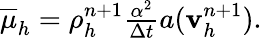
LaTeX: \begin{array}{r}{\overline{{\mu}}_{h}=\rho_{h}^{n+1}\frac{\alpha^{2}}{\Delta t}a(\mathbf v_{h}^{n+1}).}\end{array}